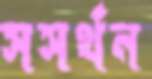
সসর্থন